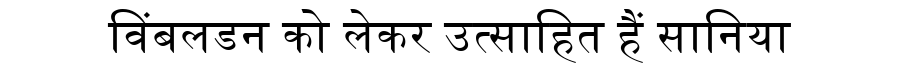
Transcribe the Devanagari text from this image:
विंबलडन को लेकर उत्साहित हैं सानिया